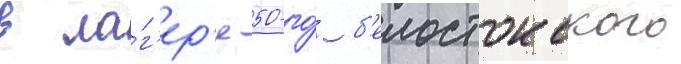
в ла́г'ер'я 50-го́ б'елостокского